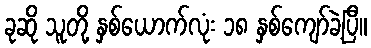
ခုဆို သူတို့ နှစ်ယောက်လုံး ၁၈ နှစ်ကျော်ခဲ့ပြီ။